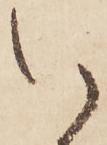
以